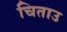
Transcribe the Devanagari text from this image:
चिताउ